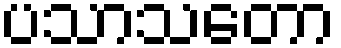
ပသာသတော